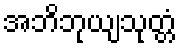
အဘိဘုယျသုတ္တံ